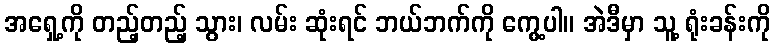
အရှေ့ကို တည့်တည့် သွား၊ လမ်း ဆုံးရင် ဘယ်ဘက်ကို ကွေ့ပါ။ အဲဒီမှာ သူ့ ရုံးခန်းကို